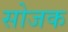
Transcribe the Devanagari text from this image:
सोजक